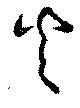
火